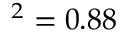
^ 2 = 0 . 8 8